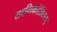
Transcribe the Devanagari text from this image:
यदभिकांक्षितम्